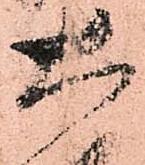
大